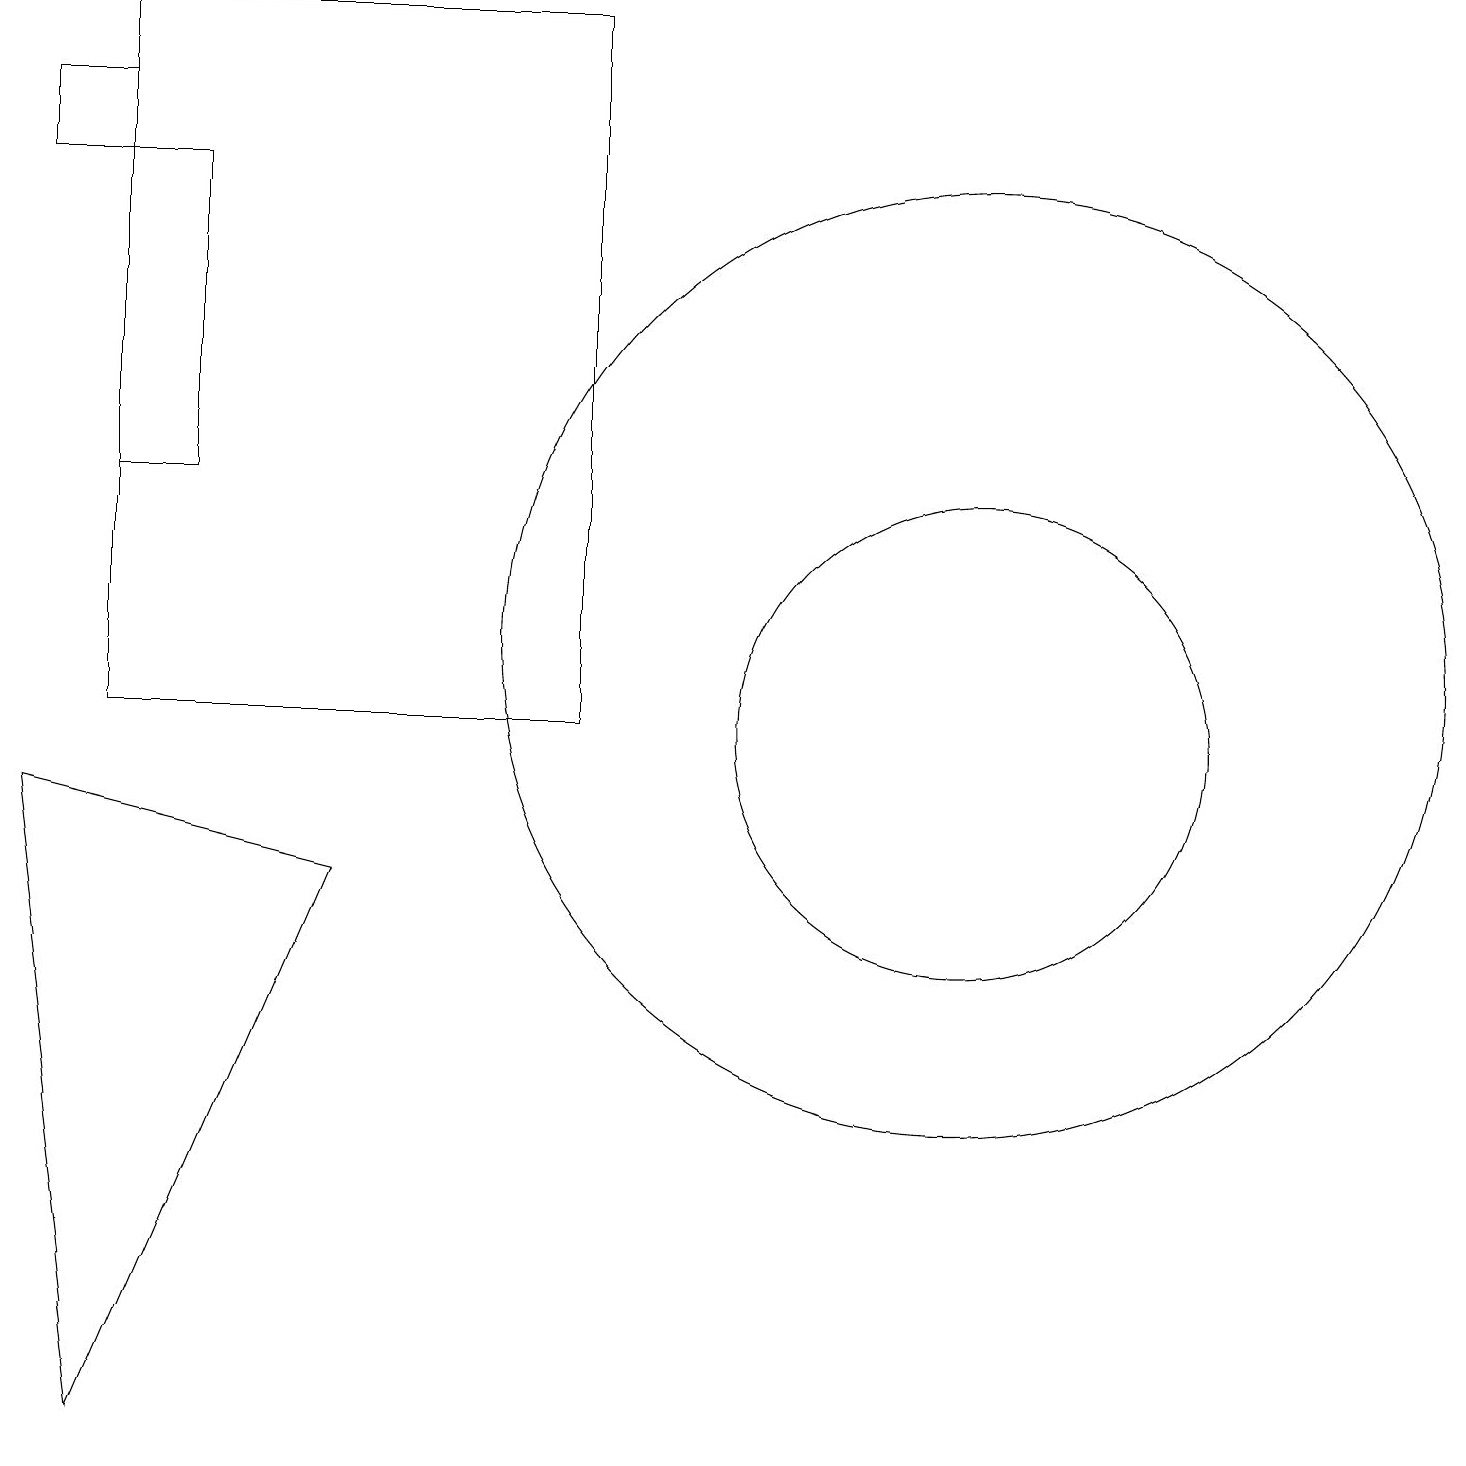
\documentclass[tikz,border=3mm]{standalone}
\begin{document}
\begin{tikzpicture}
\draw (7,10) rectangle (1,19);
\draw (0,18) rectangle (1,17);
\draw (12,10) circle (3);
\draw (11,11) circle (0);
\draw (0,9) -- (1,1) -- (4,8) -- cycle;
\draw (1,17) rectangle (2,13);
\draw (12,11) circle (6);
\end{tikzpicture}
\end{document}